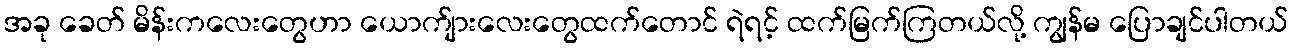
အခု ခေတ် မိန်းကလေးတွေဟာ ယောက်ျားလေးတွေထက်တောင် ရဲရင့် ထက်မြက်ကြတယ်လို့ ကျွန်မ ပြောချင်ပါတယ်